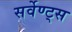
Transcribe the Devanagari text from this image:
सर्वेण्ट्स